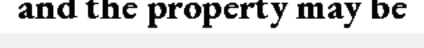
and the property may be